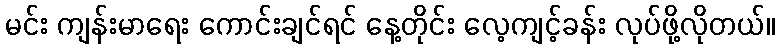
မင်း ကျန်းမာရေး ကောင်းချင်ရင် နေ့တိုင်း လေ့ကျင့်ခန်း လုပ်ဖို့လိုတယ်။